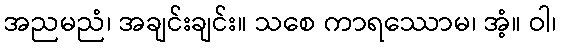
အညမညံ၊ အချင်းချင်း။ သစေ ကာရဿောမ၊ အံ့။ ဝါ၊